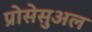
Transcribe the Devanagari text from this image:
प्रोसेसुअल